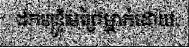
ដកមន្ត្រីមេព្រៃម្នាក់ដោយ